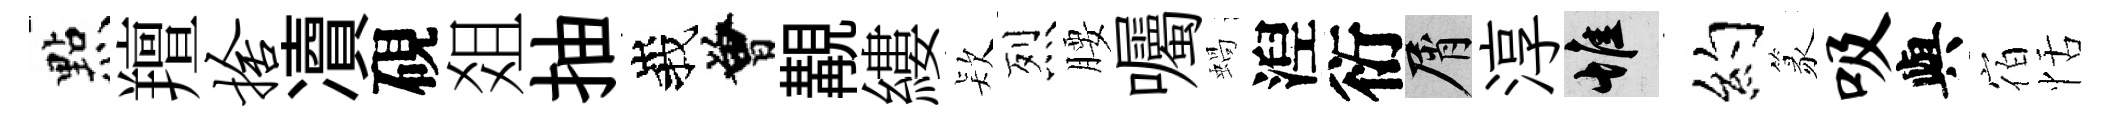
㸃羶舍凟硯爼抽峩曾覯縷𣣇烈腰囑蝸湼衍屑淳惟约篆吸與宿恬